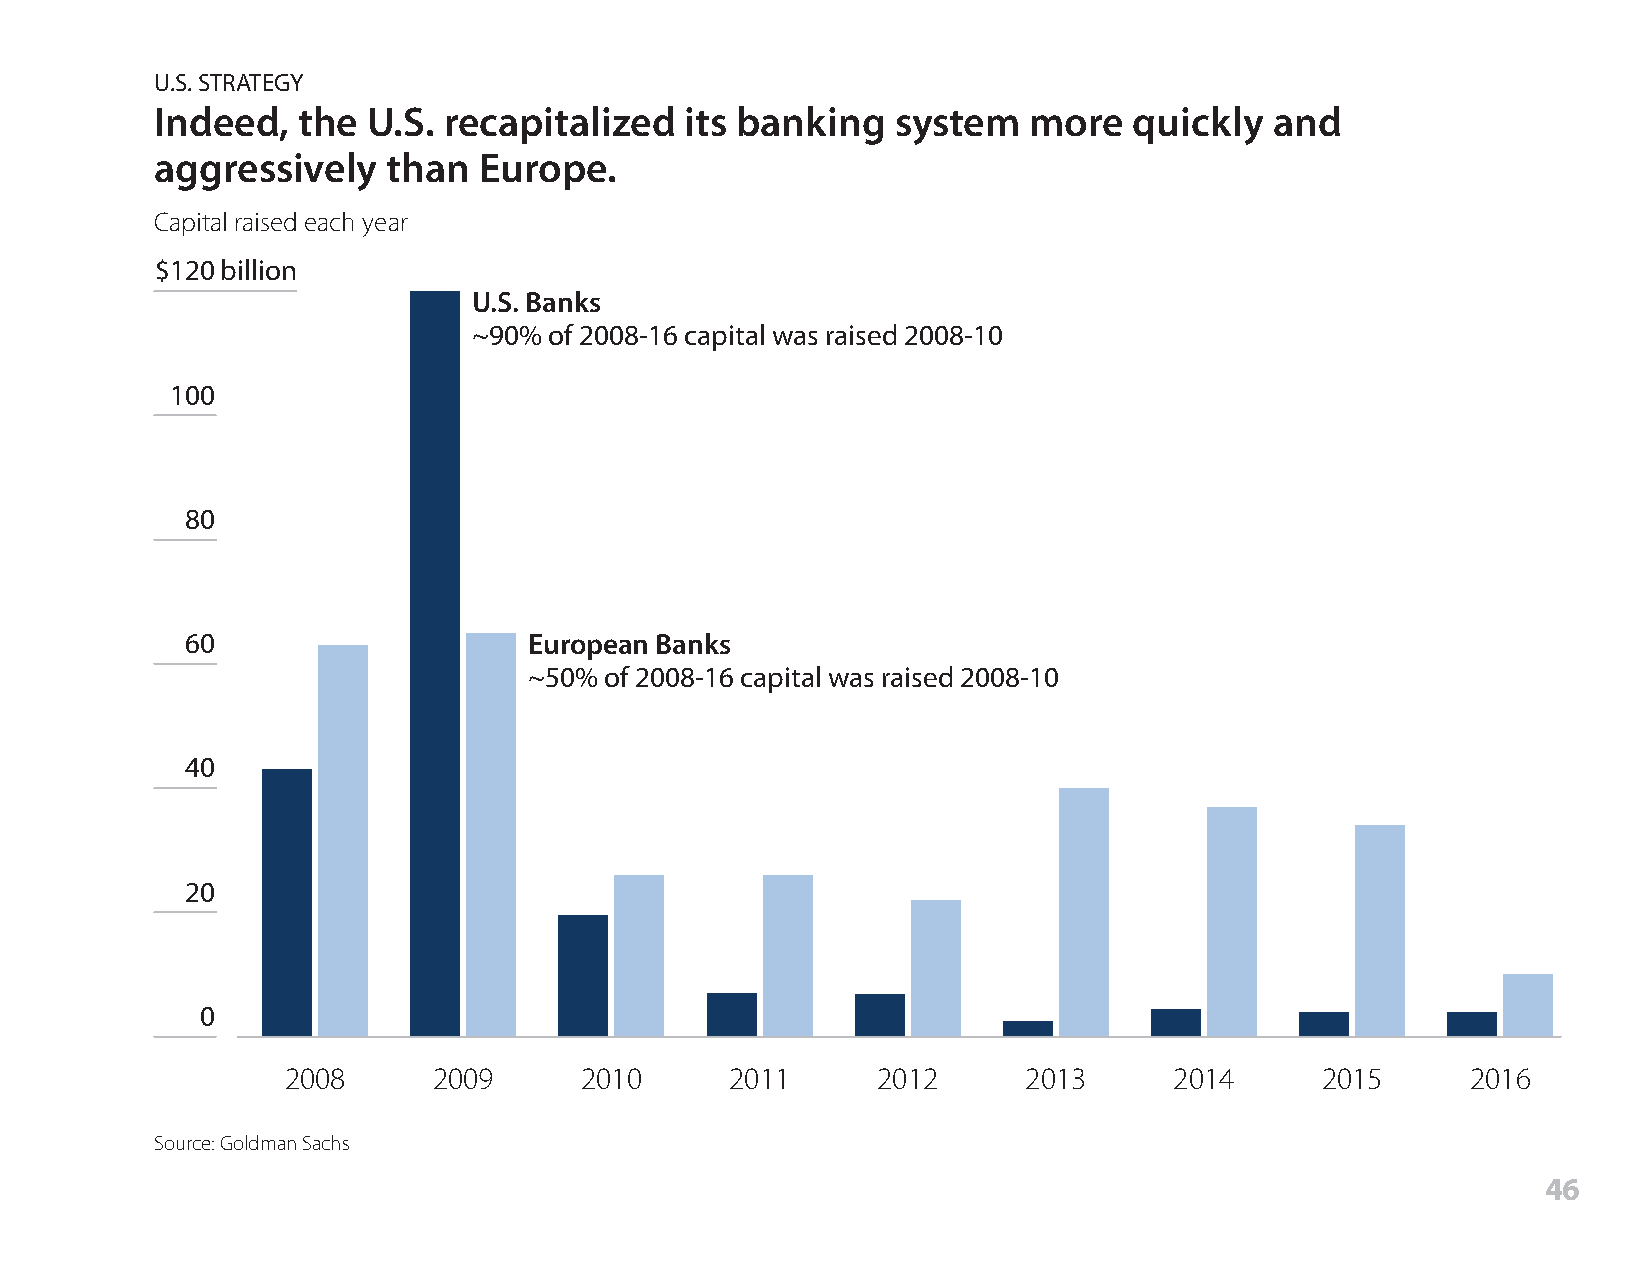
U.S. STRATEGY
 Indeed,   the U.S. recapitalized   its banking   system   more   quickly  and
 aggressively    than  Europe.
 Capital raised each year
 $120 billion
 U.S. Banks
 ~90% of 2008-16 capital was raised 2008-10
 100
 80
 60                     European Banks
 ~50% of 2008-16 capital was raised 2008-10
 40
 20
 0
 2008      2009     2010      2011      2012      2013      2014     2015      2016
 Source: Goldman Sachs
 46